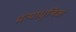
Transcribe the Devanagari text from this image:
प्रत्याधुनिक